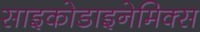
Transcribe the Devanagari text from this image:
साइकोडाइनेमिक्स